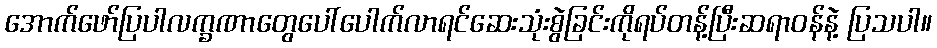
အောက်ဖော်ပြပါလက္ခဏာတွေပေါ်ပေါက်လာရင်ဆေးသုံးစွဲခြင်းကိုရပ်တန့်ပြီးဆရာဝန်နဲ့ ပြသပါ။